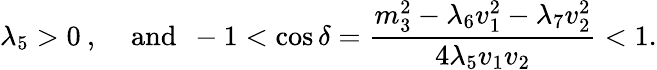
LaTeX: \lambda_{5}>0\: ,\: \: \: \: \: \mathrm{and}\: \: -1<\cos\delta=\frac{m_{3}^{2}-\lambda_{6}v_{1}^{2}-\lambda_{7}v_{2}^{2}}{4\lambda_{5}v_{1}v_{2}}<1.